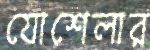
যোশেলার